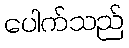
ပေါက်သည်